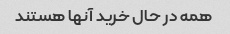
همه در حال خرید آنها هستند